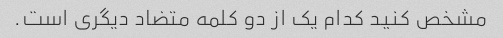
مشخص کنید کدام یک از دو کلمه متضاد دیگری است.